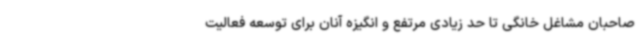
صاحبان مشاغل خانگی تا حد زیادی مرتفع و انگیزه آنان برای توسعه فعالیت